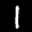
Label: 1